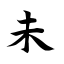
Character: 未